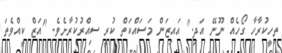
ތިހީކުރާހާ ގޯހެއް ނޫނޭ އަދި." އައިޒަން މަސައްކަތް ކުރީ ސިއްރުކުރާށެވެ. "އަޒް ކީއްވެތަ